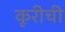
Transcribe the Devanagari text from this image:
कूरीची